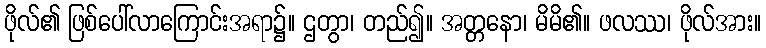
ဖိုလ်၏ ဖြစ်ပေါ်လာကြောင်းအရာ၌။ ဌတွာ၊ တည်၍။ အတ္တနော၊ မိမိ၏။ ဖလဿ၊ ဖိုလ်အား။